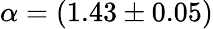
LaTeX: {\alpha}=(1.43\pm 0.05)